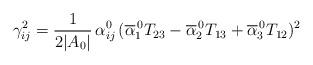
LaTeX: \begin{align*}\gamma^2_{ij} & =\frac{1}{2|A_0|}\,\alpha_{ij}^0 \,(\overline{\alpha}_1^{\,0} T_{23} -\overline{\alpha}_2^{\,0} T_{13}+\overline{\alpha}_3^{\,0} T_{12})^2 \end{align*}